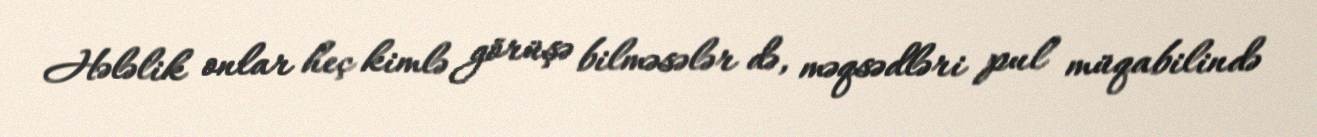
Hələlik onlar heç kimlə görüşə bilməsələr də, məqsədləri pul müqabilində